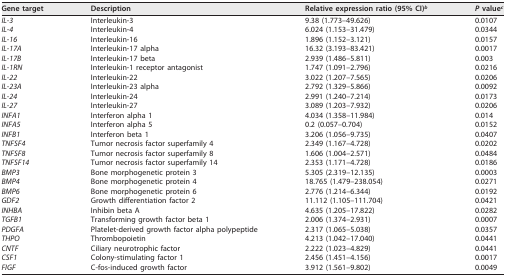
<table><thead><tr><td><b>Gene target</b></td><td><b>Description</b></td><td><b>Relative expression ratio (95% CI)<sup>b</sup></b></td><td><b><i>P</i> value<sup>c</sup></b></td></tr></thead><tbody><tr><td><i>IL-3</i></td><td>Interleukin-3</td><td>9.38 (1.773–49.626)</td><td>0.0107</td></tr><tr><td><i>IL-4</i></td><td>Interleukin-4</td><td>6.024 (1.153–31.479)</td><td>0.0344</td></tr><tr><td><i>IL-16</i></td><td>Interleukin-16</td><td>1.896 (1.152–3.121)</td><td>0.0157</td></tr><tr><td><i>IL-17A</i></td><td>Interleukin-17 alpha</td><td>16.32 (3.193–83.421)</td><td>0.0017</td></tr><tr><td><i>IL-17B</i></td><td>Interleukin-17 beta</td><td>2.939 (1.486–5.811)</td><td>0.003</td></tr><tr><td><i>IL-1RN</i></td><td>Interleukin-1 receptor antagonist</td><td>1.747 (1.091–2.796)</td><td>0.0216</td></tr><tr><td><i>IL-22</i></td><td>Interleukin-22</td><td>3.022 (1.207–7.565)</td><td>0.0206</td></tr><tr><td><i>IL-23A</i></td><td>Interleukin-23 alpha</td><td>2.792 (1.329–5.866)</td><td>0.0092</td></tr><tr><td><i>IL-24</i></td><td>Interleukin-24</td><td>2.991 (1.240–7.214)</td><td>0.0173</td></tr><tr><td><i>IL-27</i></td><td>Interleukin-27</td><td>3.089 (1.203–7.932)</td><td>0.0206</td></tr><tr><td><i>INFA1</i></td><td>Interferon alpha 1</td><td>4.034 (1.358–11.984)</td><td>0.014</td></tr><tr><td><i>INFA5</i></td><td>Interferon alpha 5</td><td>0.2 (0.057–0.704)</td><td>0.0152</td></tr><tr><td><i>INFB1</i></td><td>Interferon beta 1</td><td>3.206 (1.056–9.735)</td><td>0.0407</td></tr><tr><td><i>TNFSF4</i></td><td>Tumor necrosis factor superfamily 4</td><td>2.349 (1.167–4.728)</td><td>0.0202</td></tr><tr><td><i>TNFSF8</i></td><td>Tumor necrosis factor superfamily 8</td><td>1.606 (1.004–2.571)</td><td>0.0484</td></tr><tr><td><i>TNFSF14</i></td><td>Tumor necrosis factor superfamily 14</td><td>2.353 (1.171–4.728)</td><td>0.0186</td></tr><tr><td><i>BMP3</i></td><td>Bone morphogenetic protein 3</td><td>5.305 (2.319–12.135)</td><td>0.0003</td></tr><tr><td><i>BMP4</i></td><td>Bone morphogenetic protein 4</td><td>18.765 (1.479–238.054)</td><td>0.0271</td></tr><tr><td><i>BMP6</i></td><td>Bone morphogenetic protein 6</td><td>2.776 (1.214–6.344)</td><td>0.0192</td></tr><tr><td><i>GDF2</i></td><td>Growth differentiation factor 2</td><td>11.112 (1.105–111.704)</td><td>0.0421</td></tr><tr><td><i>INHBA</i></td><td>Inhibin beta A</td><td>4.635 (1.205–17.822)</td><td>0.0282</td></tr><tr><td><i>TGFB1</i></td><td>Transforming growth factor beta 1</td><td>2.006 (1.374–2.931)</td><td>0.0007</td></tr><tr><td><i>PDGFA</i></td><td>Platelet-derived growth factor alpha polypeptide</td><td>2.317 (1.065–5.038)</td><td>0.0357</td></tr><tr><td><i>THPO</i></td><td>Thrombopoietin</td><td>4.213 (1.042–17.040)</td><td>0.0441</td></tr><tr><td><i>CNTF</i></td><td>Ciliary neurotrophic factor</td><td>2.222 (1.023–4.829)</td><td>0.0441</td></tr><tr><td><i>CSF1</i></td><td>Colony-stimulating factor 1</td><td>2.456 (1.451–4.156)</td><td>0.0017</td></tr><tr><td><i>FIGF</i></td><td>C-fos-induced growth factor</td><td>3.912 (1.561–9.802)</td><td>0.0049</td></tr></tbody></table>